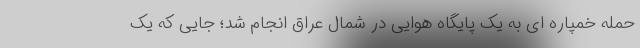
حمله خمپاره ای به یک پایگاه هوایی در شمال عراق انجام شد؛ جایی که یک